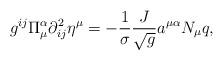
LaTeX: \begin{align*} g^{ij} \Pi^{\alpha}_{\mu} \partial_{ij}^2 \eta^{\mu} = - \frac{1}{\sigma} \frac{J}{\sqrt{g}} a^{\mu\alpha} N_{\mu}q, \end{align*}